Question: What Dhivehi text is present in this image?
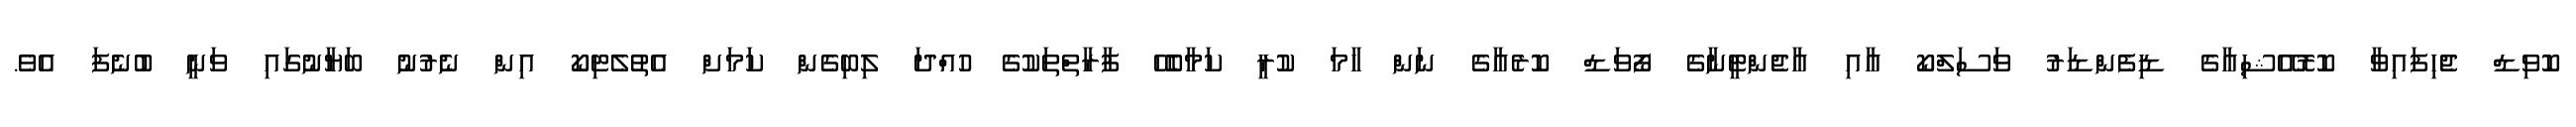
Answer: ކޮވިޑް ޖެހިފައިވާ ކޮރޮއޭޝިއާގެ ޑިފެންޑަރު ވަސަލްކޯ އާއި އާޖެންޓީނާގެ ފޯވަޑް ކޮރެއާގެ ނަން ހާމަ ކުރީ ކަމާބެހޭ ފާރާތްތަކުގެ ހުއްދަ ލިބިގެން ކަމަށް އެތުލެޓިކޯ އިން ނެރުނު ބަޔާނުގައި ވަނީ ބުނެފަ އެވެ.